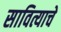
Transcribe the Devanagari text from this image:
सावित्याचे